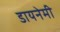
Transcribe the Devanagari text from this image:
डायनेमी